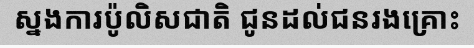
ស្នងការប៉ូលិសជាតិ ជូនដល់ជនរងគ្រោះ